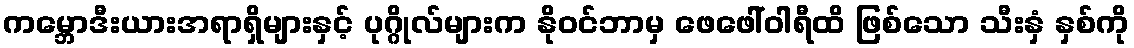
ကမ္ဘောဒီးယားအရာရှိများနှင့် ပုဂ္ဂိုလ်များက နိုဝင်ဘာမှ ဖေဖေါ်ဝါရီထိ ဖြစ်သော သီးနှံ နှစ်ကို